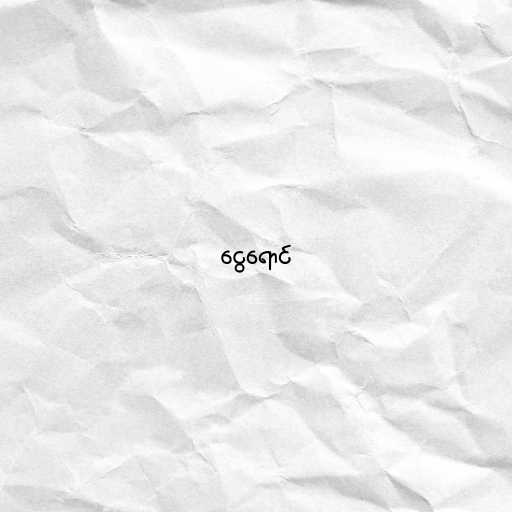
ငွေရောင်